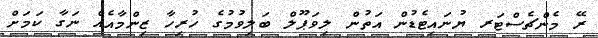
ރޭ މެންޗެސްޓަރ ޔުނައިޓެޑުން އަތުން ލިވަޕޫލް ބަލިވުމުގެ ހުރިހާ ޒިންމާއެއް ނަގާ ކަމަށް